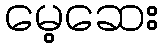
မေ့ဆေး